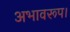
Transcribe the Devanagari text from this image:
अभावरूप।